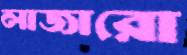
লাজারো